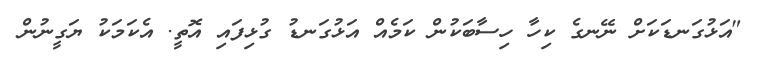
"އަޅުގަނޑަކަށް ނޭނގެ ކިހާ ހިސާބަކުން ކަމެއް އަޅުގަނޑު ގުޅިފައި އޮތީ. އެކަމަކު ޔަގީނުން